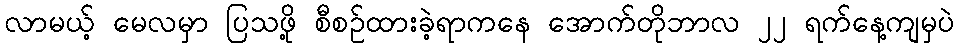
လာမယ့် မေလမှာ ပြသဖို့ စီစဉ်ထားခဲ့ရာကနေ အောက်တိုဘာလ ၂၂ ရက်နေ့ကျမှပဲ